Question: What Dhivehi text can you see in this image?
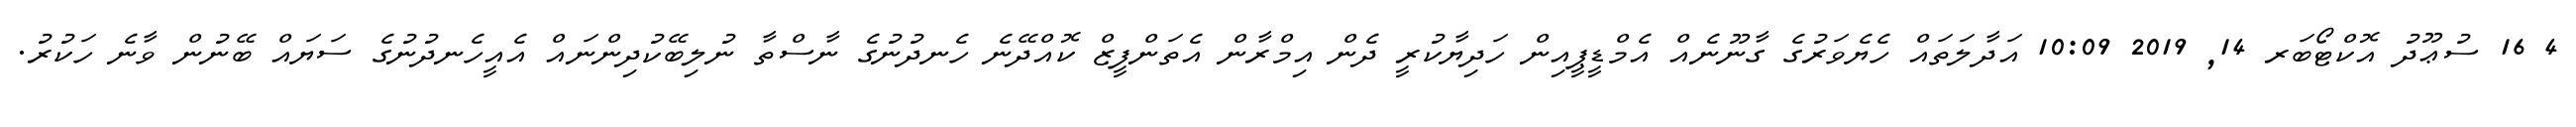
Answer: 4 16 ސުޢޫދު އޮކްޓޯބަރ 14, 2019 10:09 އަދާލަތައް ހެޔެވަރުގެ ގާނޫނެއް އެމްޑީޕީއިން ހަދިޔާކުރީ ދެން އިމްރާން އެތަންފީޒް ކޮއްދޭނެ ހެނދުނުގެ ނާސްތާ ނުލިބޭކުދިންނައް އެއީހެނދުނުގެ ސަޔައް ބޭނުން ވާނެ ހަކުރު.